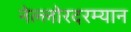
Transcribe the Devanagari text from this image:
नेल्लोरदरम्यान